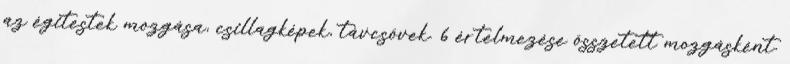
az égitestek mozgása, csillagképek, távcsövek. 6 értelmezése összetett mozgásként.